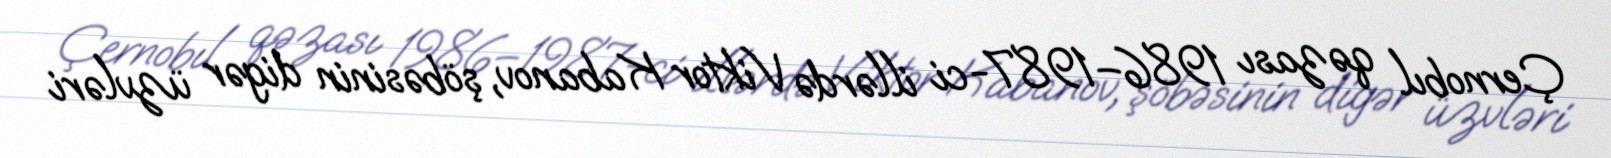
Çernobıl qəzası 1986–1987-ci illərdə Viktor Kabanov, şöbəsinin digər üzvləri